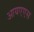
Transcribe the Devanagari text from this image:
आयएएस